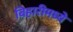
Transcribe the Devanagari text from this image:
बिहारीमध्ये